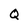
Character: Q